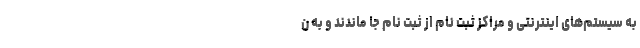
به سیستم‌های اینترنتی و مراکز ثبت نام از ثبت نام جا ماندند و به ن